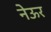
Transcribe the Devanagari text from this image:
नेऊर